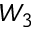
W _ { 3 }